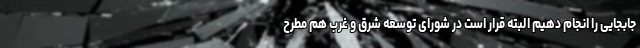
جابجایی را انجام دهیم البته قرار است در شورای توسعه شرق و غرب هم مطرح